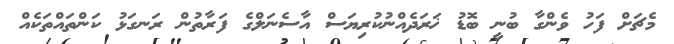
މެޗަށް ފަހު ވެންގާ ބުނީ ބޮޑު ޚަރަދެއްނުކުރިޔަސް އާސެނަލްގެ ފަރާތުން ރަނގަޅު ކަންތައްތަކެއް